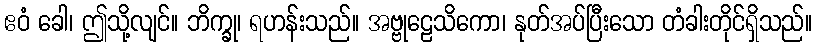
ဧဝံ ခေါ၊ ဤသို့လျင်။ ဘိက္ခု၊ ရဟန်းသည်။ အဗ္ဗုဠေသိကော၊ နုတ်အပ်ပြီးသော တံခါးတိုင်ရှိသည်။